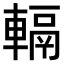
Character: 𨍮